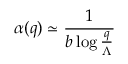
\alpha ( q ) \simeq \frac { 1 } { b \log \frac { q } { \Lambda } }